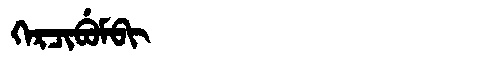
Manchu: ᡴᡝᡵᠴᡳᠪᡠᠮᠪᡳ
Romanization: KERCIBUMBI